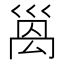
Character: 𫶩